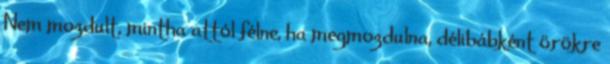
Nem mozdult, mintha attól félne, ha megmozdulna, délibábként örökre